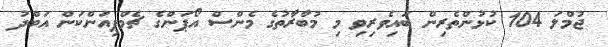
ޖުމްލަ 104 ކުޅުންތެރިން ބައިވެރިވި މި މުބާރާތުގެ މެންސް އޯޕަންގެ ޗެމްޕިއަންކަން އަބްދު